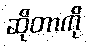
ဆိုတာကို